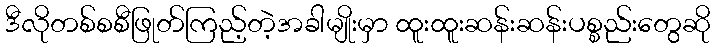
ဒီလိုတစ်စစီဖြုတ်ကြည့်တဲ့အခါမျိုးမှာ ထူးထူးဆန်းဆန်းပစ္စည်းတွေဆို